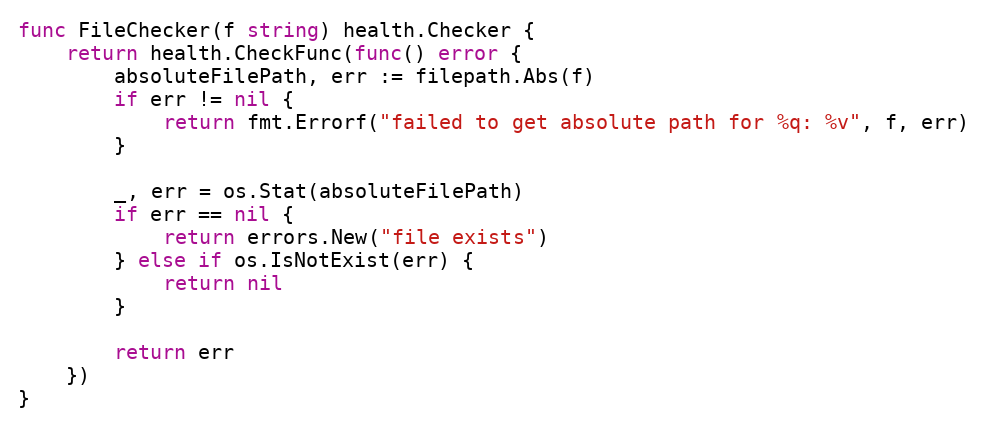
Language: Go
func FileChecker(f string) health.Checker {
	return health.CheckFunc(func() error {
		absoluteFilePath, err := filepath.Abs(f)
		if err != nil {
			return fmt.Errorf("failed to get absolute path for %q: %v", f, err)
		}

		_, err = os.Stat(absoluteFilePath)
		if err == nil {
			return errors.New("file exists")
		} else if os.IsNotExist(err) {
			return nil
		}

		return err
	})
}